Leprosy in India: report of the Leprosy Commission in India, 1890-91
Year: 1890
Disease focus: Leprosy
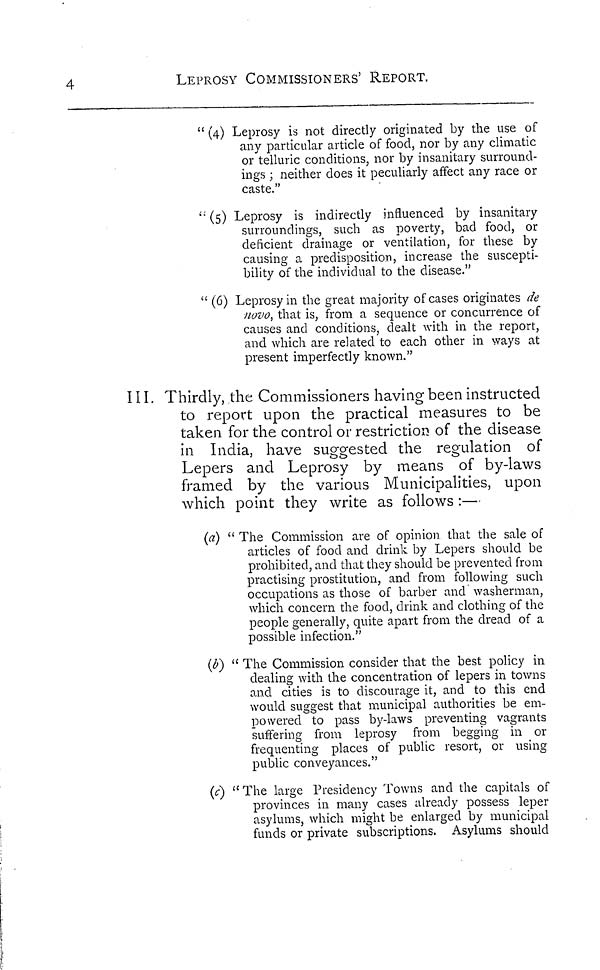
4
LEPROSY COMMISSIONERS' REPORT.
" (4) Leprosy is not directly originated by the use of
any particular article of food, nor by any climatic
or telluric conditions, nor by insanitary surround-
ings ; neither does it peculiarly affect any race or
caste."
'• (5) Leprosy is indirectly influenced by insanitary
surroundings, such as poverty, bad food, or
deficient drainage or ventilation, for these by
causing a predisposition, increase the suscepti-
bility of the individual to the disease."
" (6) Leprosy in the great majority of cases originates de
novo, that is, from a sequence or concurrence of
causes and conditions, dealt with in the report,
and which are related to each other in ways at
present imperfectly known."
III. Thirdly, the Commissioners having been instructed
to report upon the practical measures to be
taken for the control or restriction of the disease
in India, have suggested the regulation of
Lepers and Leprosy by means of by-laws
framed by the various Municipalities, upon
which point they write as follows :—
(a) " The Commission are of opinion that the sale of
articles of food and drink by Lepers should be
prohibited, and that they should be prevented from
practising prostitution, and from following such
occupations as those of barber and washerman,
which concern the food, drink and clothing of the
people generally, quite apart from the dread of a
possible infection."
(b) " The Commission consider that the best policy in
dealing with the concentration of lepers in towns
and cities is to discourage it, and to this end
would suggest that municipal authorities be em-
powered to pass by-laws preventing vagrants
suffering from leprosy from begging in or
frequenting places of public resort, or using
public conveyances."
(c) " The large Presidency Towns and the capitals of
provinces in many cases already possess leper
asylums, which might be enlarged by municipal
funds or private subscriptions. Asylums should